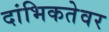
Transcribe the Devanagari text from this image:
दांभिकतेवर